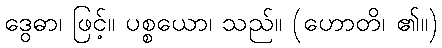
ဒွေဓာ၊ ဖြင့်။ ပစ္စယော၊ သည်။ (ဟောတိ၊ ၏။)